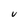
Character: V